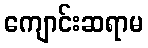
ကျောင်းဆရာမ